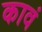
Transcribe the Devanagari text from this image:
कावं